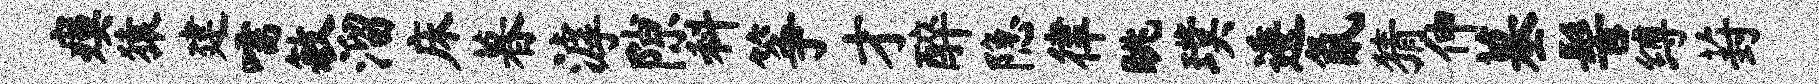
瘼猿建嚅敏溜床暮滹隙料筝才醉隐律眺璞逶氤猜伸墓髻缚葑